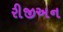
રીજીઅન